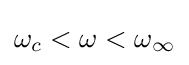
\omega _{c}<\omega <\omega _{\infty }